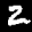
Label: 2